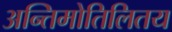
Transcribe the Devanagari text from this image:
अन्तिमोतिलितय